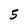
Character: 5